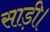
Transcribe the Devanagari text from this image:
साड़ी।